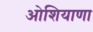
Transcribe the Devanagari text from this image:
ओशियाणा